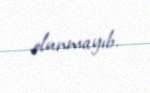
olunmayıb.